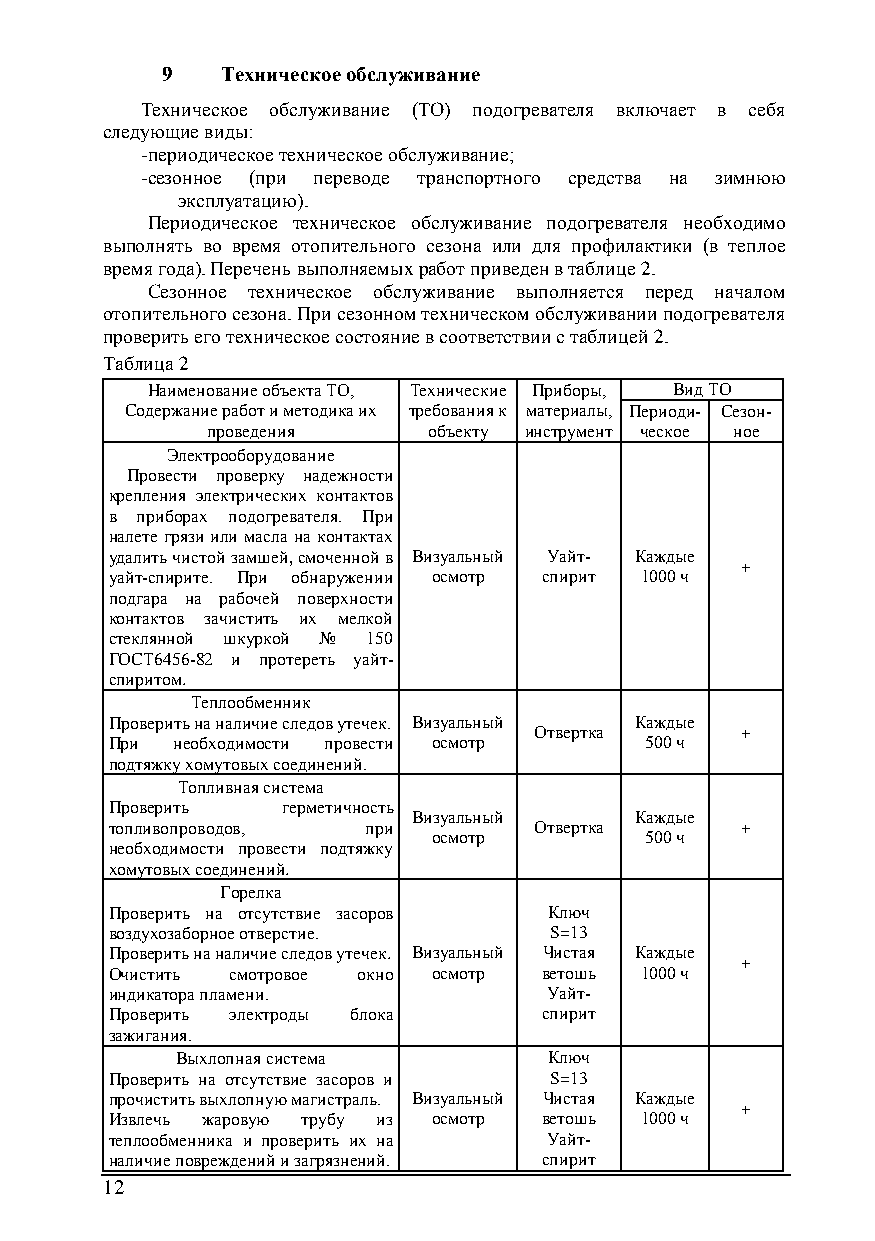
9   Техническое обслуживание
 Техническое обслуживание (ТО) подогревателя включает в себя
 следующие виды:
 - периодическое техническое обслуживание;
 - сезонное (при переводе транспортного средства на зимнюю
 эксплуатацию).
 Периодическое техническое обслуживание подогревателя необходимо
 выполнять во время отопительного сезона или для профилактики (в теплое
 время года). Перечень выполняемых работ приведен в таблице 2.
 Сезонное техническое обслуживание выполняется перед началом
 отопительного сезона. При сезонном техническом обслуживании подогревателя
 проверить его техническое состояние в соответствии с таблицей 2.
 Таблица 2
 Наименование объекта ТО, Технические Приборы, Вид ТО
 Содержание работ и методика их требования к материалы, Периоди- Сезон-
 проведения    объекту инструмент ческое ное
 Электрооборудование
 Провести проверку надежности
 крепления электрических контактов
 в приборах подогревателя. При
 налете грязи или масла на контактах
 удалить чистой замшей, смоченной в Визуальный Уайт- Каждые
 +
 уайт-спирите. При обнаружении осмотр спирит 1000 ч
 подгара на рабочей поверхности
 контактов зачистить их мелкой
 стеклянной шкуркой № 150
 ГОСТ6456-82 и протереть уайт-
 спиритом.
 Теплообменник
 Проверить на наличие следов утечек. Визуальный Каждые
 Отвертка      +
 При  необходимости провести осмотр  500 ч
 подтяжку хомутовых соединений.
 Топливная система
 Проверить   герметичность
 Визуальный     Каждые
 топливопроводов, при        Отвертка      +
 осмотр        500 ч
 необходимости провести подтяжку
 хомутовых соединений.
 Горелка
 Проверить на отсутствие засоров Ключ
 воздухозаборное отверстие.   S=13
 Проверить на наличие следов утечек. Визуальный Чистая Каждые
 +
 Очистить смотровое окно осмотр ветошь 1000 ч
 индикатора пламени.          Уайт-
 Проверить электроды блока    спирит
 зажигания.
 Выхлопная система       Ключ
 Проверить на отсутствие засоров и S=13
 прочистить выхлопную магистраль. Визуальный Чистая Каждые
 +
 Извлечь жаровую трубу из осмотр ветошь 1000 ч
 теплообменника и проверить их на Уайт-
 наличие повреждений и загрязнений. спирит
 12